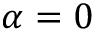
\alpha = 0